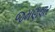
જમણવાર